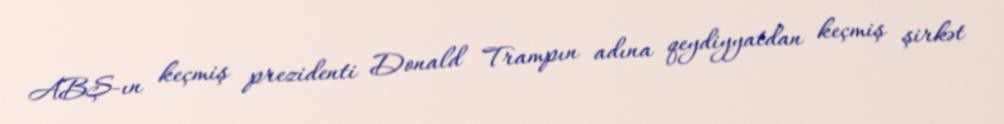
ABŞ-ın keçmiş prezidenti Donald Trampın adına qeydiyyatdan keçmiş şirkət